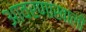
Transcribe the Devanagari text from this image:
आवरणाखाली